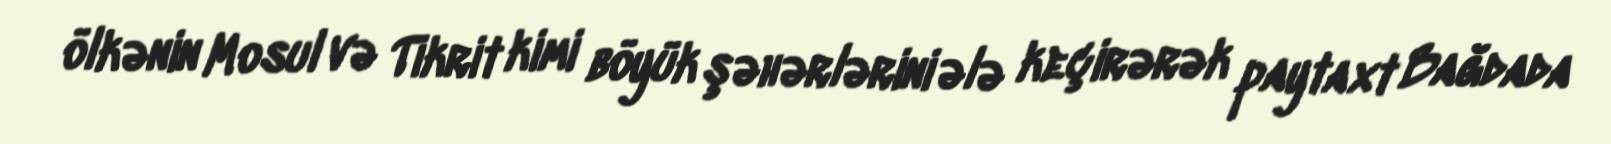
ölkənin Mosul və Tikrit kimi böyük şəhərlərini ələ keçirərək paytaxt Bağdada